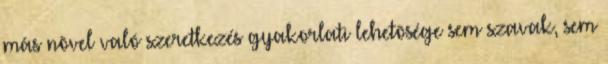
más nõvel való szeretkezés gyakorlati lehetõsége sem szavak, sem